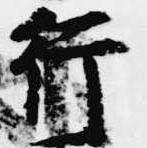
行